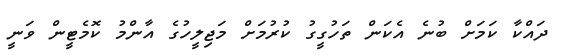
ދައްކާ ކަމަށް ބުނެ އެކަން ތަހުގީގު ކުރުމަށް މަޖިލީހުގެ އާންމު ކޮމެޓީން ވަނީ